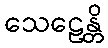
သေဠေန္တိ